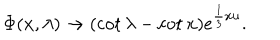
LaTeX: \Phi ( x , \lambda ) \rightarrow ( \cot \lambda - \cot x ) e ^ { \frac { 1 } { 3 } x u } .